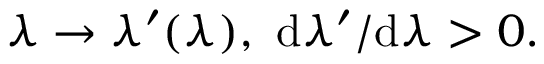
\lambda \rightarrow \lambda ^ { \prime } ( \lambda ) , ~ \textrm d \lambda ^ { \prime } / \textrm d \lambda > 0 .